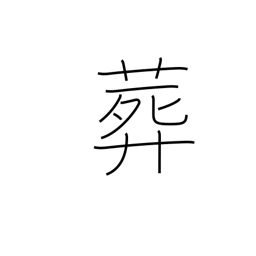
Meaning: interment